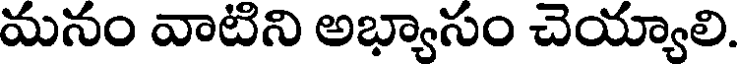
మనం వాటిని అభ్యాసం చెయ్యాలి.